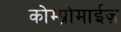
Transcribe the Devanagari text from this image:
कोम्प्रोमाईज़